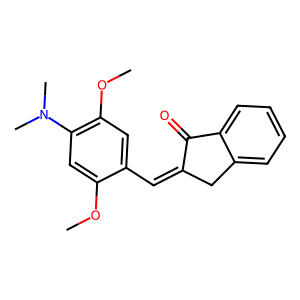
SMILES: COc1cc(N(C)C)c(OC)cc1C=C1Cc2ccccc2C1=O
Inhibits HIV replication: No